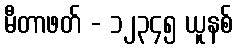
မီတာဖတ် - ၁၂၃၄၅ ယူနစ်